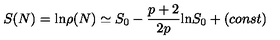
S ( N ) = \mathrm { l n } \rho ( N ) \simeq S _ { 0 } - \frac { p + 2 } { 2 p } \mathrm { l n } S _ { 0 } + ( c o n s t )